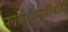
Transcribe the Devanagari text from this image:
नवकोशिकाविभाजन